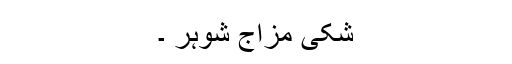
شکی مزاج شوہر ۔